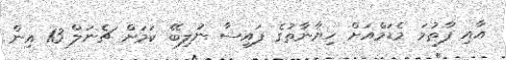
އާއި ފާތުމަ މެޑަމްއަށް ހިޔާނާތުގެ ފައިސާ ނުލިބޭ ކަމަށް ޗެނަލް 13 އިން